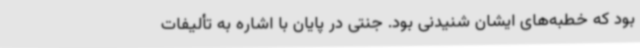
بود که خطبه‌های ایشان شنیدنی بود. جنتی در پایان با اشاره به تألیفات